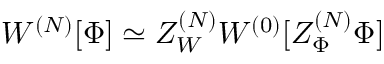
W ^ { ( N ) } [ \Phi ] \simeq Z _ { W } ^ { ( N ) } W ^ { ( 0 ) } [ Z _ { \Phi } ^ { ( N ) } \Phi ]